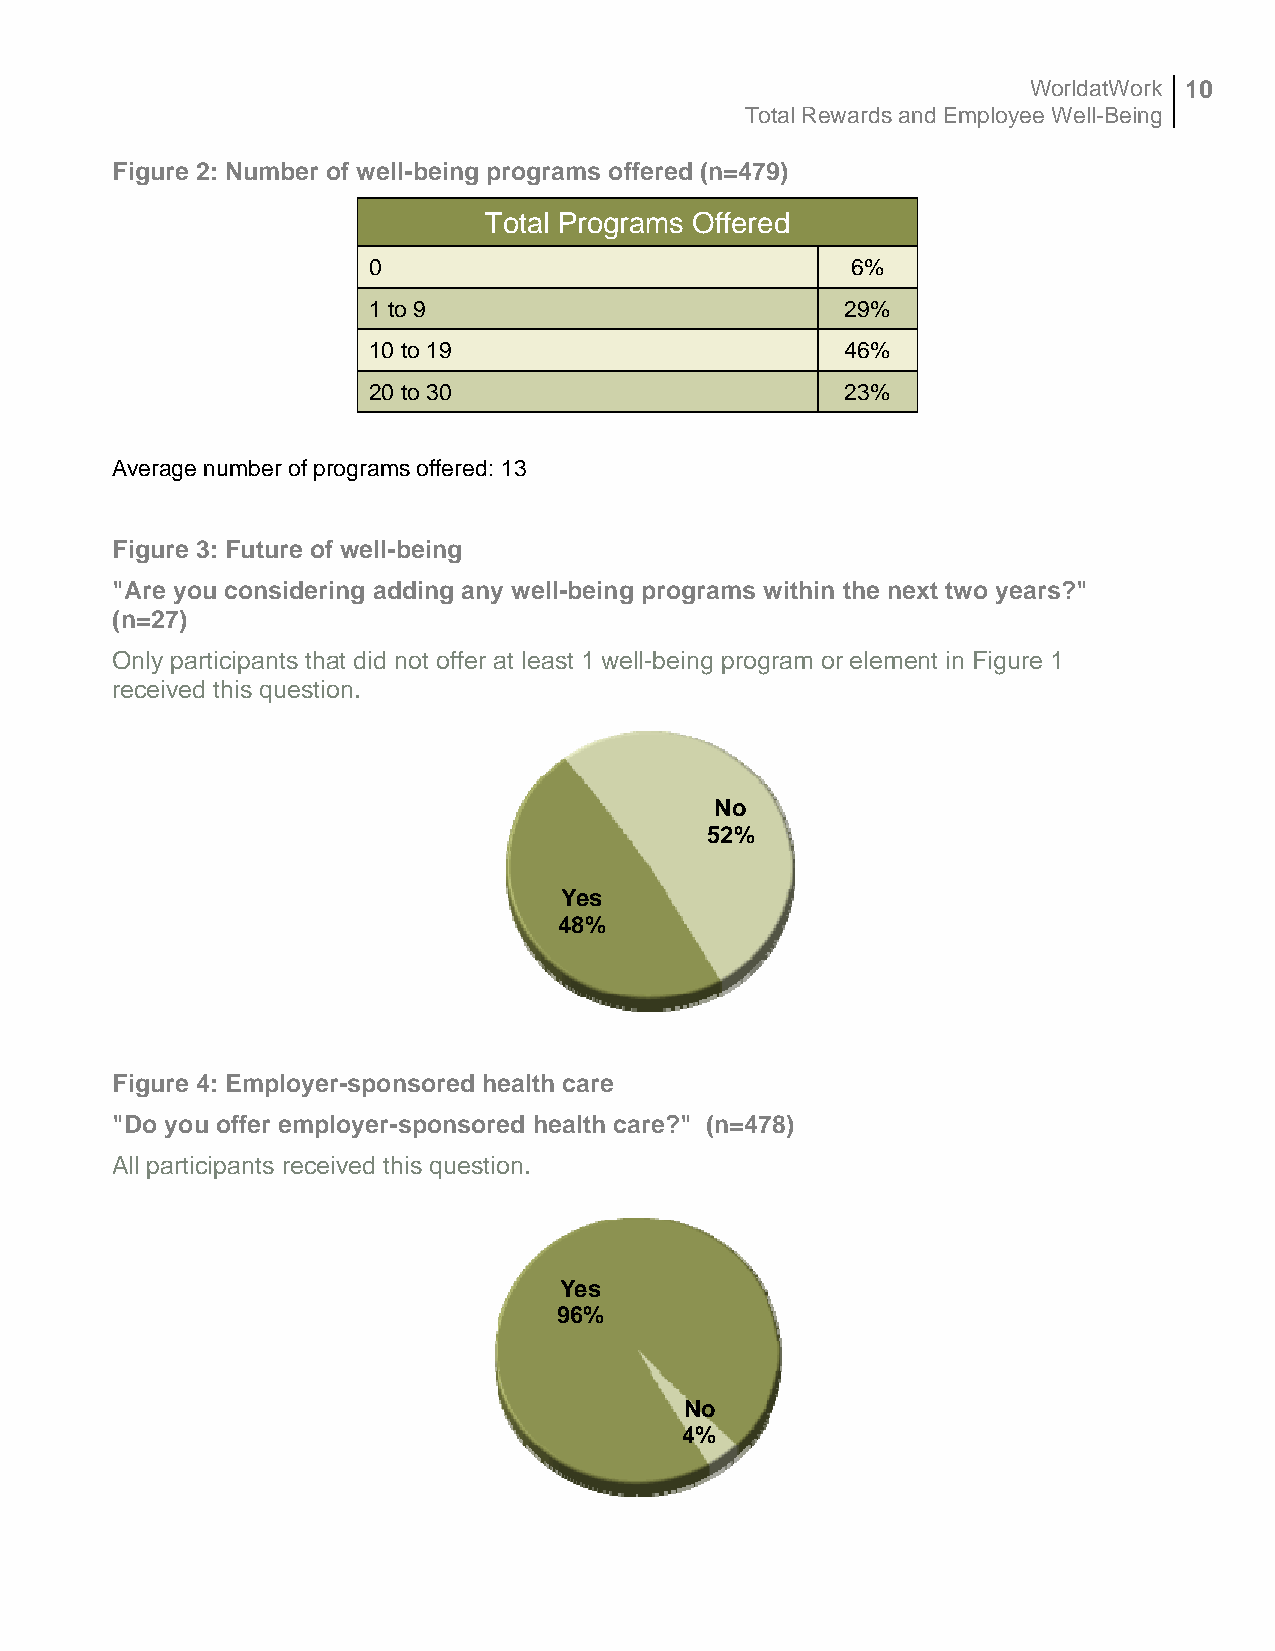
WorldatWork 10
 Total Rewards and Employee Well-Being
 Figure 2: Number of well-being programs offered (n=479)
 Total Programs Offered
 0                               6%
 1 to 9                          29%
 10 to 19                        46%
 20 to 30                        23%
 Average number of programs offered: 13
 Figure 3: Future of well-being
 "Are you considering adding any well-being programs within the next two years?"
 (n=27)
 Only participants that did not offer at least 1 well-being program or element in Figure 1
 received this question.
 No
 52%
 Yes
 48%
 Figure 4: Employer-sponsored health care
 "Do you offer employer-sponsored health care?" (n=478)
 All participants received this question.
 Yes
 96%
 No
 4%